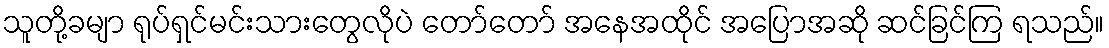
သူတို့ခမျာ ရုပ်ရှင်မင်းသားတွေလိုပဲ တော်တော် အနေအထိုင် အပြောအဆို ဆင်ခြင်ကြ ရသည်။